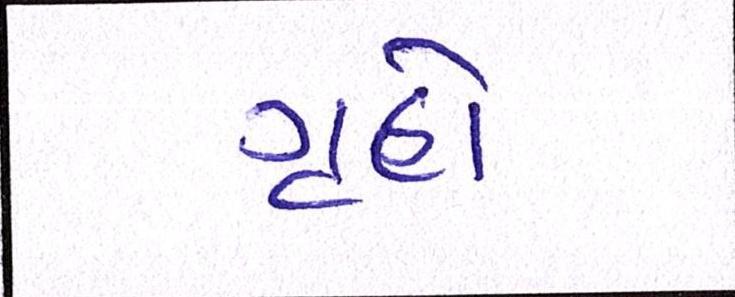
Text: ગૃહો